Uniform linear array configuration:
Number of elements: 24
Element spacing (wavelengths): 0.25
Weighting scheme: blackman
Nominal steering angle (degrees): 15
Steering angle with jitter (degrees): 13.999
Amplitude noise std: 0.05
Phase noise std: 0.05

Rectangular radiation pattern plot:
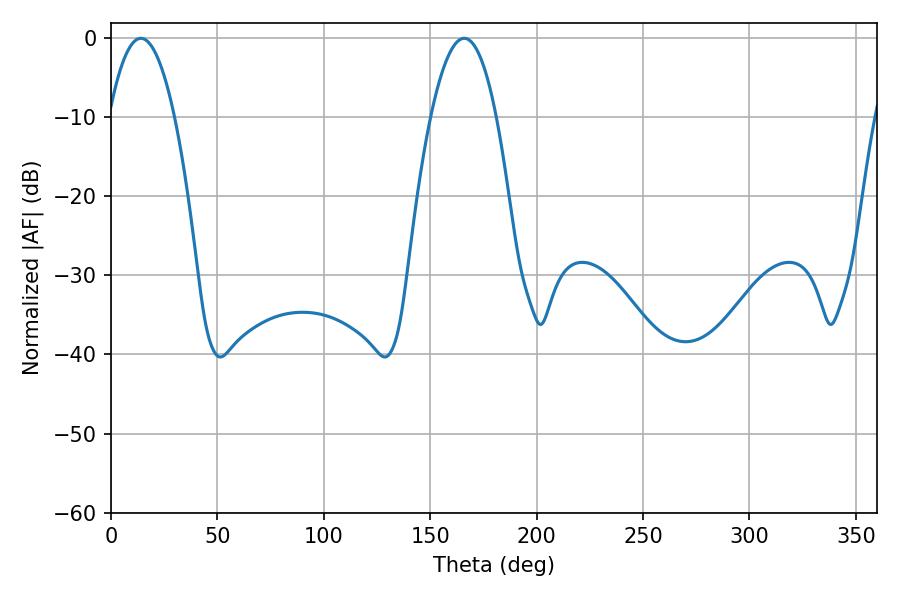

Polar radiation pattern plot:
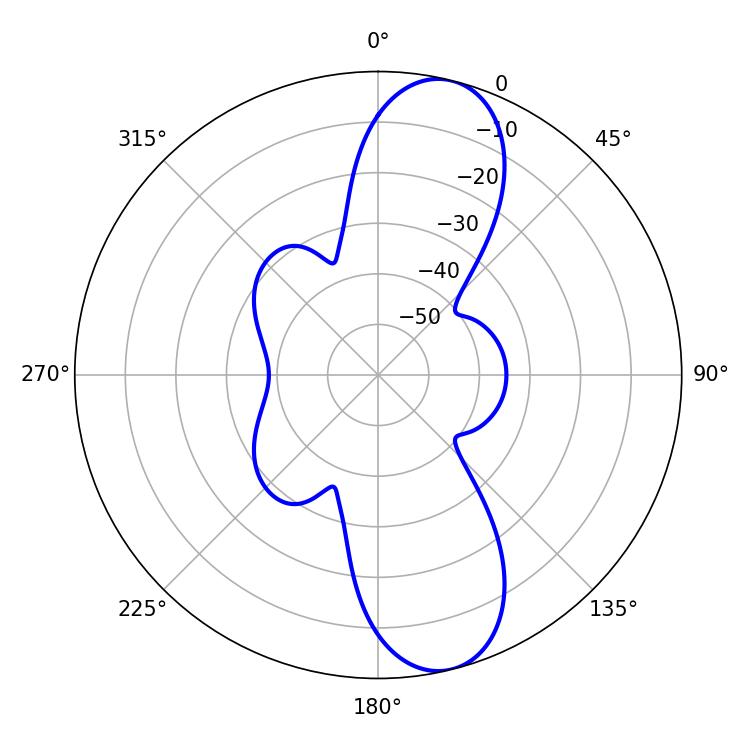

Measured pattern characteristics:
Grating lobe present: FALSE
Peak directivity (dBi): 11.134
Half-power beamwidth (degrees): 16.92
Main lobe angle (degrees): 14.04